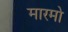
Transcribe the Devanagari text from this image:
मारमो